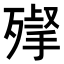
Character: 𣩌